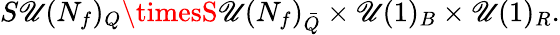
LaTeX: S\mathscr{U}(N_{f})_{Q}\timesS\mathscr{U}(N_{f})_{\bar{{Q}}}\times\mathscr{U}(1)_{B}\times\mathscr{U}(1)_{R}.